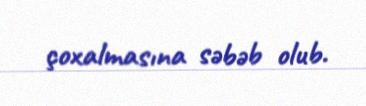
çoxalmasına səbəb olub.